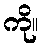
ကို။